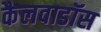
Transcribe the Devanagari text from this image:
कैलवाडॉस